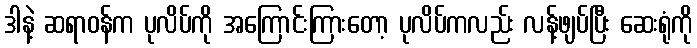
ဒါနဲ့ ဆရာဝန်က ပုလိပ်ကို အကြောင်းကြားတော့ ပုလိပ်ကလည်း လန့်ဖျပ်ပြီး ဆေးရုံကို